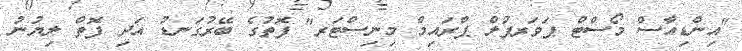
"އިންޑިއާސް މޯސްޓް ޕަވަރފުލް ޕްރައިމް މިނިސްޓަރ" ފޮތުގެ ބޭރުގަނޑު އަދި ފޮތް ލިޔުނު